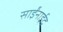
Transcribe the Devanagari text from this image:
साईंनाईद